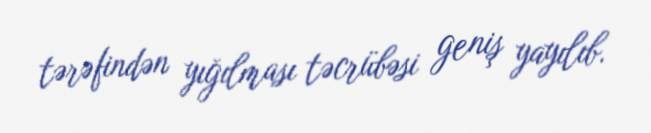
tərəfindən yığılması təcrübəsi geniş yayılıb.